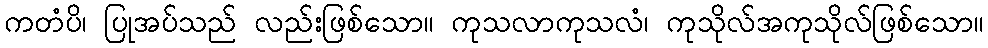
ကတံပိ၊ ပြုအပ်သည် လည်းဖြစ်သော။ ကုသလာကုသလံ၊ ကုသိုလ်အကုသိုလ်ဖြစ်သော။